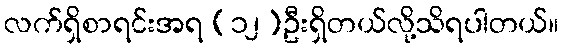
လက်ရှိစာရင်းအရ (၁၂)ဦးရှိတယ်လို့သိရပါတယ်။